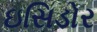
ઇસિડોર